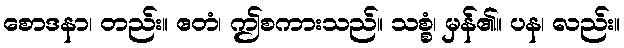
စောဒနာ၊ တည်း။ ဧတံ၊ ဤစကားသည်။ သစ္စံ၊ မှန်၏။ ပန၊ လည်း။